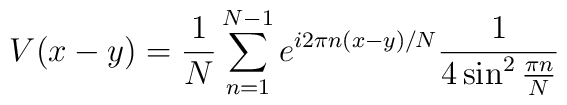
V(x-y)=\frac{1}{N}\sum^{N-1}_{n=1} e^{i 2\pi n (x-y)/N}\frac{1}{4\sin^2\frac{\pi n}{N}}